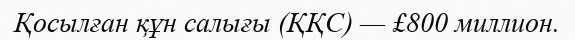
Қосылған құн салығы (ҚҚС) — £800 миллион.